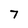
Character: 7